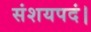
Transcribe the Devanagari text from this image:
संशयपदं।